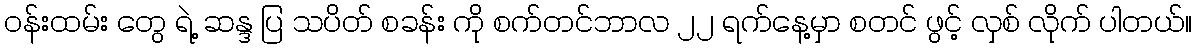
၀န်းထမ်း တွေ ရဲ့ ဆန္ဒ ပြ သပိတ် စခန်း ကို စက်တင်ဘာလ ၂၂ ရက်နေ့မှာ စတင် ဖွင့် လှစ် လိုက် ပါတယ်။